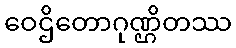
ဝေဌိတောဂုဏ္ဌိတဿ